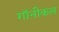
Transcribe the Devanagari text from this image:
गॉनीकल